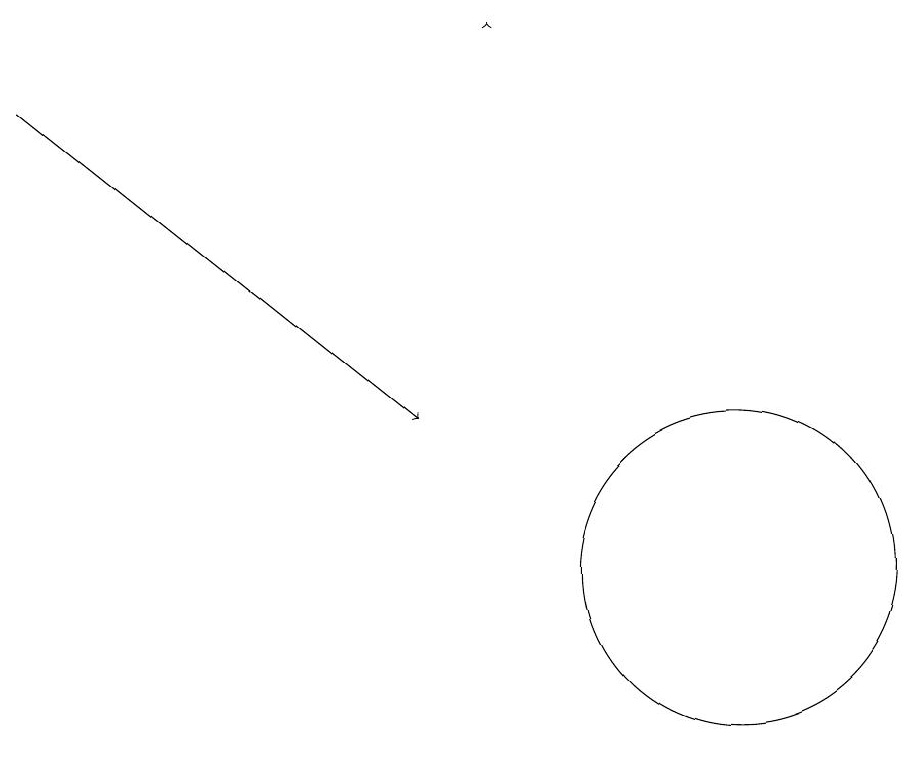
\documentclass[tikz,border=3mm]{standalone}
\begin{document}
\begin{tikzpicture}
\draw[->] (1,16) -- (6,12);
\draw (10,10) circle (2);
\draw[->] (7,17) -- (7,17);
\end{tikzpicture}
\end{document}